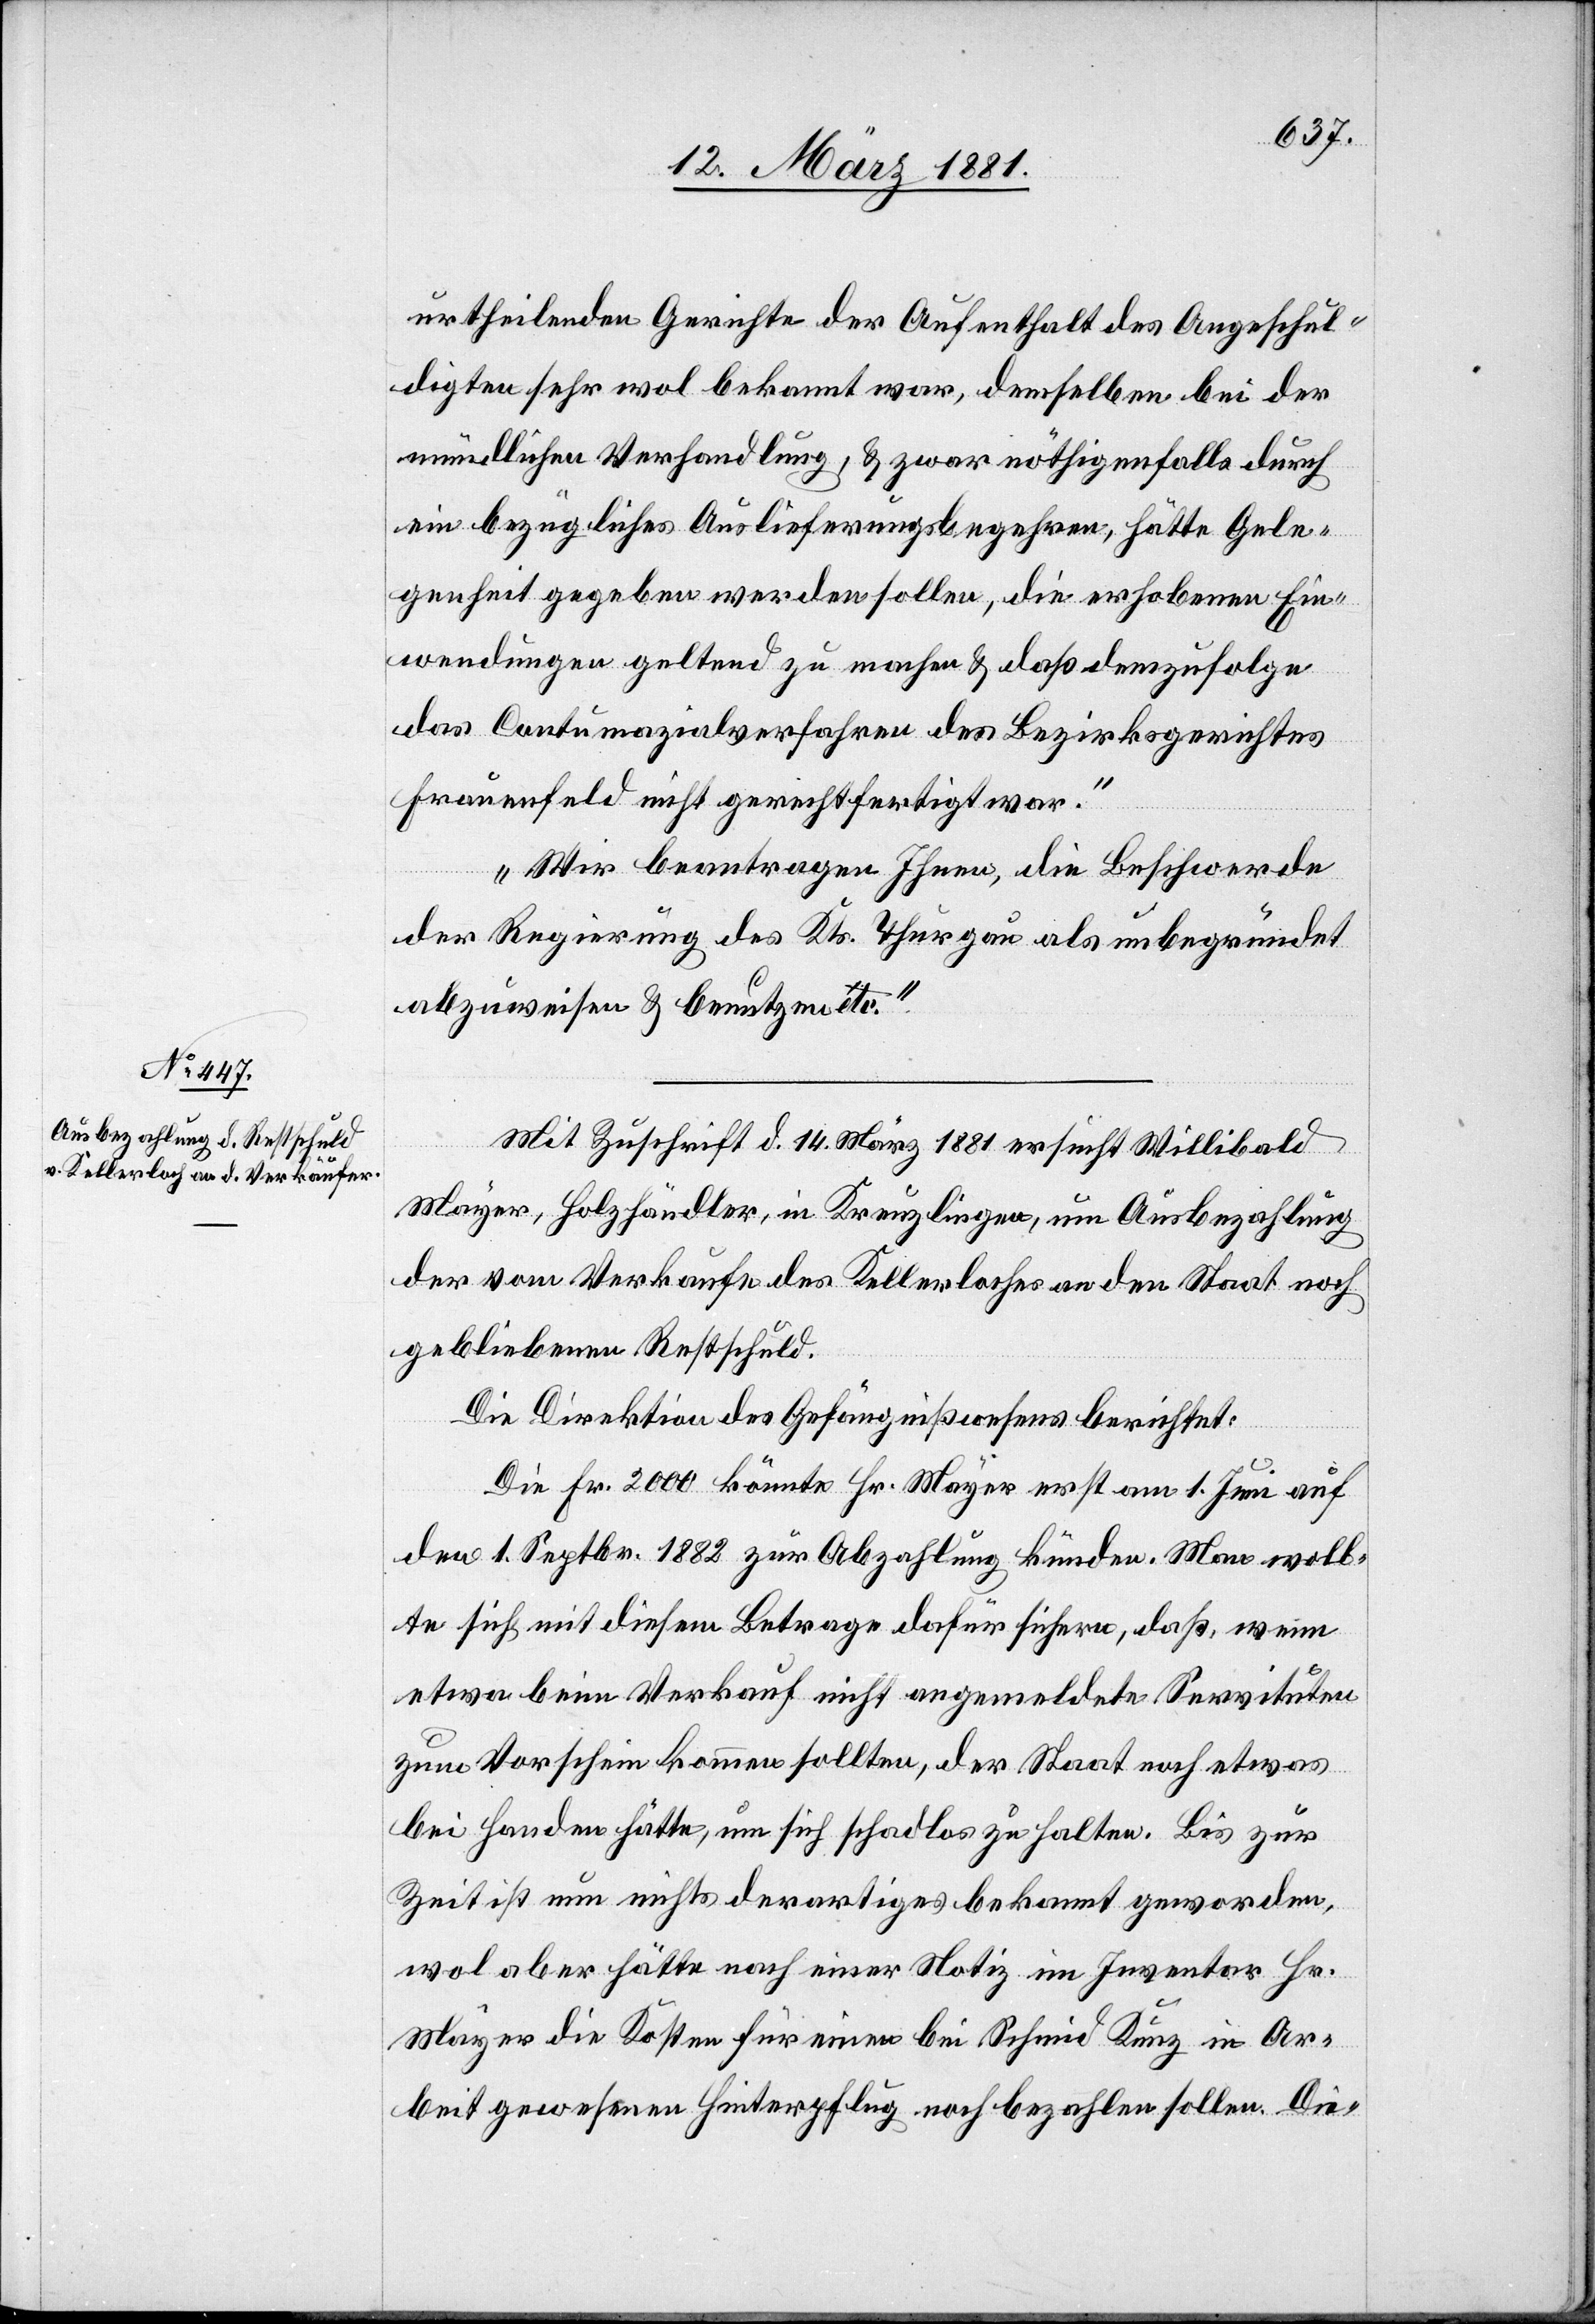
14. März 1881.]
urtheilenden Gerichte der Aufenthalt des Angeschul¬
digten sehr wol bekannt war, demselben bei der
mündlichen Verhandlung, & zwar nöthigenfalls durch
ein bezügliches Auslieferungsbegehren, hätte Gele¬
genheit gegeben werden sollen, die erhobenen Ein¬
wendungen geltend zu machen & daß demzufolge
das Contumazialverfahren des Bezirksgerichtes
Frauenfeld nicht gerechtfertigt war.“
„Wir beantragen Ihnen, die Beschwerde
der Regierung des Kts. Thurgau als unbegründet
abzuweisen & benutzen etc.“
Mit Zuschrift d. 14. März 1881 ersucht Willibald
Mayer, Holzhändler, in Kreuzlingen, um Ausbezahlung
der vom Verkaufe des Kellerloches an den Staat noch
gebliebenen Restschuld.
Die Direktion des Gefängnißwesens berichtet:
Die 200 Fr. könnte Hr. Mayer erst am 1. Juni auf
den 1. Septbr. 1882 zur Abzahlung künden. Man woll¬
te sich mit diesem Betrage dafür sichern, daß, wenn
etwa beim Verkauf nicht angemeldete Servituten
zum Vorschein kommen sollten, der Staat noch etwas
bei Handen hätte, um sich schadlos zu halten. Bis zur
Zeit ist nun nichts derartiges bekannt geworden,
wol aber hätte nach einer Notiz im Inventar Hr.
Mayer die Kosten für einen bei Schmid Kunz in Ar¬
beit gewesenen Hinterpflug noch bezahlen sollen. Die-